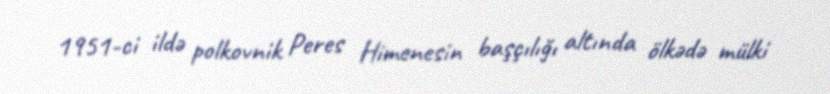
1951-ci ildə polkovnik Peres Himenesin başçılığı altında ölkədə mülki